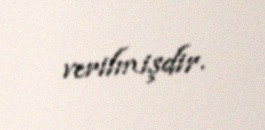
verilmişdir.